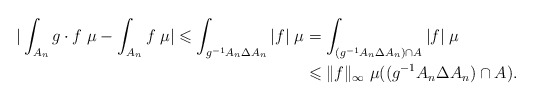
\begin{align*}|\int_{A_n}g\cdot f\;\mu-\int_{A_n}f\;\mu|\leqslant\int_{g^{-1}A_n\Delta A_n}|f|\;\mu&=\int_{(g^{-1}A_n\Delta A_n)\cap A}|f|\;\mu\\&\leqslant\|f\|_{\infty}\;\mu((g^{-1}A_n\Delta A_n)\cap A).\end{align*}